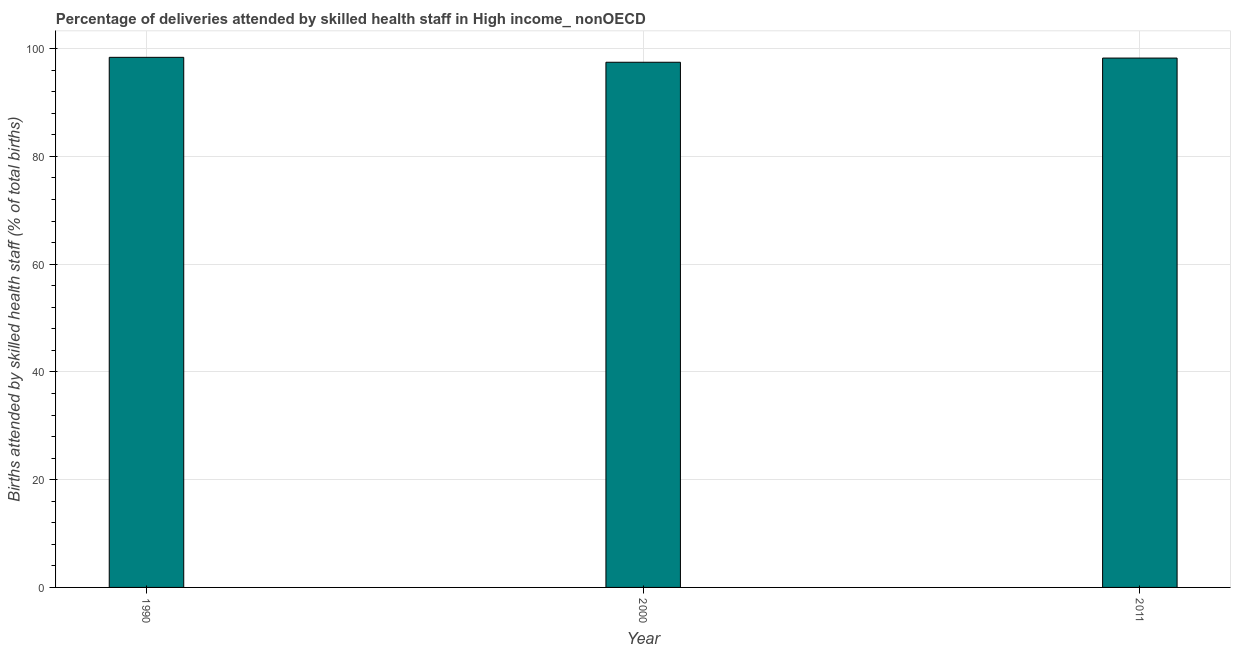
| Year | Births attended by skilled health staff |
 | --- | --- |
 | 1990 | 98.4 |
 | 2000 | 97.5 |
 | 2011 | 98.3 |